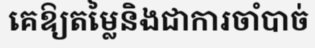
គេឱ្យតម្លៃនិងជាការចាំបាច់